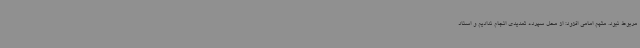
مربوط نبود. متهم امامی افزود: از محل سپرده تمدیدی انجام ندادیم و اسناد